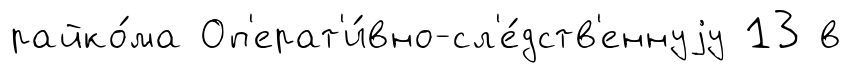
райко́ма Оп'ерат'и́вно-сл'е́дств'еннуjу 13 в